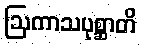
ဩကာသပုစ္ဆာတိ